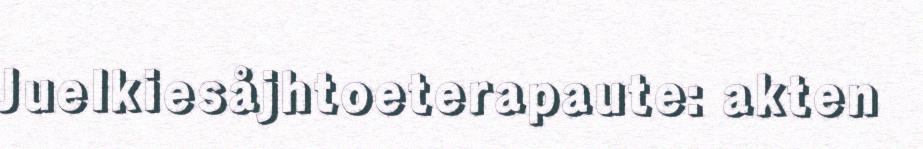
Juelkiesåjhtoeterapaute: akten